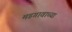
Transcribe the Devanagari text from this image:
मडगावाच्या